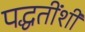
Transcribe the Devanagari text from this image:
पद्धतींशी